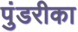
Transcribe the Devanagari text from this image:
पुंडरीका